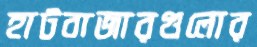
হাটবাজারগুলোর